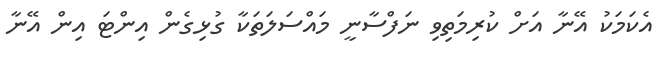
އެކަމަކު އޭނާ އަށް ކުރިމަތިވި ނަފްސާނީ މައްސަލަތަކާ ގުޅިގެން އިންޓަ އިން އޭނާ